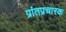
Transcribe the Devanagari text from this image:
प्रांतप्रचारक